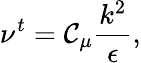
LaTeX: \nu^{t}=\mathcal{C}_{\mu}\frac{{k^{2}}}{{\epsilon}},